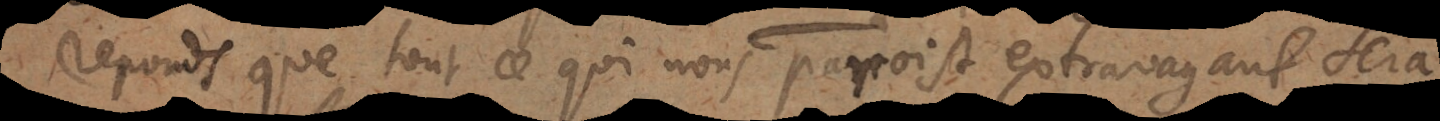
reponds que tout ce qui nous paroist extravagant sera